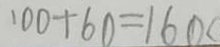
1 0 0 + 6 0 = 1 6 0 c